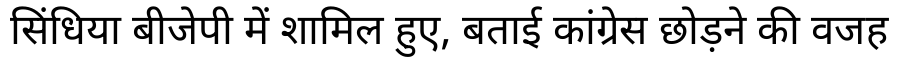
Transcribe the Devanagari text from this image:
सिंधिया बीजेपी में शामिल हुए, बताई कांग्रेस छोड़ने की वजह